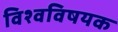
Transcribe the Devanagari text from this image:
विश्वविषयक